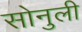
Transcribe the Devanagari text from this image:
सोनुली